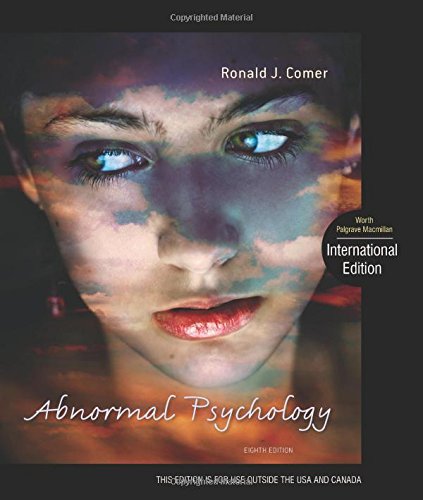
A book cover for Abnormal Psychology; Ronald J. Comer; Medical Books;